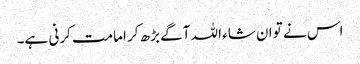
اس نے تو ان شاء اللہ آگے بڑھ کر امامت کرنی ہے۔